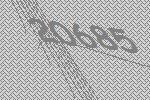
20685